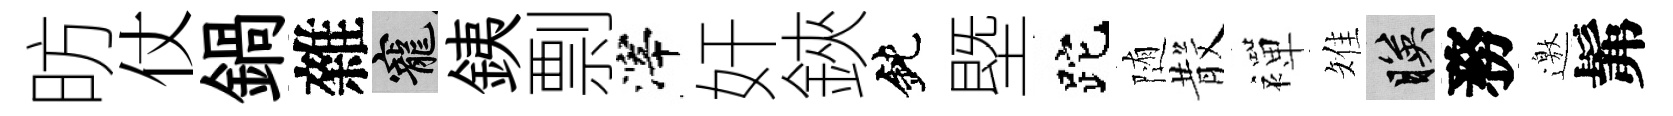
昉仗鍋雜寵銕剽滓奸鋏鈍塈跎随𣪚襌雉映務邀髴